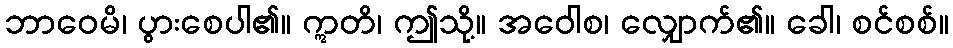
ဘာဝေမိ၊ ပွားစေပါ၏။ ဣတိ၊ ဤသို့။ အဝေါစ၊ လျှောက်၏။ ခေါ၊ စင်စစ်။